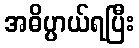
အဓိပ္ပာယ်ရပြီး